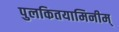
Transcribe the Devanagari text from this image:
पुलकितयामिनीम्